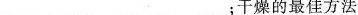
___；干燥的最佳方法